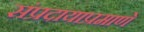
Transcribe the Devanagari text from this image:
संप्रदायाप्रमाणे